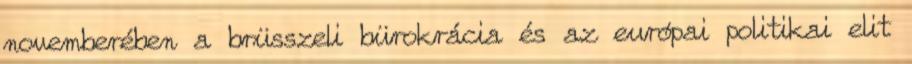
novemberében a brüsszeli bürokrácia és az európai politikai elit